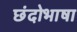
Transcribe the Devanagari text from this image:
छंदोभाषा